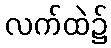
လက်ထဲ၌